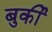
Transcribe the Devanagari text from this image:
बुर्की